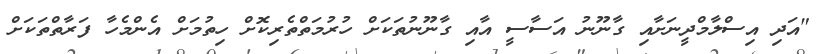
"އަދި އިސްލާމްދީނަށާއި ގާނޫނު އަސާސީ އާއި ގާނޫނުތަކަށް ހުރުމަތްތެރިކޮށް ހިތުމަށް އެންމެހާ ފަރާތްތަކަށް